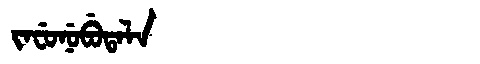
Manchu: ᠵᠠᠸᡠᠨᡠᠪᡠᡨᠠᠯᠠ
Romanization: JAFUNUBUTALA